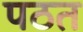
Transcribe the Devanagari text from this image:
पठत